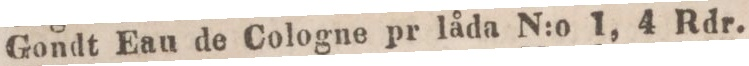
Gondt Eau de Cologne pr låda N:o 1, 4 Rdr.